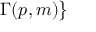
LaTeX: \Gamma ( p , m ) { \big \} }